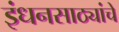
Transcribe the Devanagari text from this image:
इंधनसाठ्यांचे